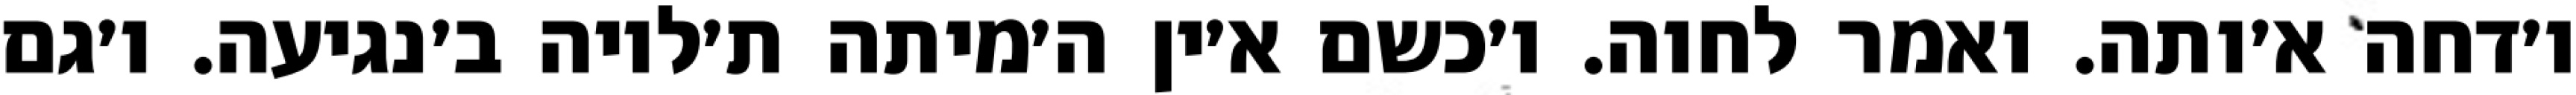
ו׳דחה א׳ותה. ואמר לחוה. ו׳כשם א׳ין ה׳מיתה ת׳לויה ב׳נגיעה. ו׳גם